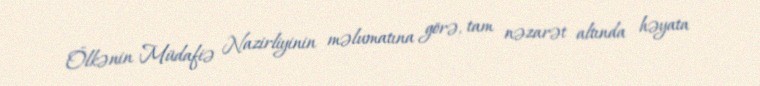
Ölkənin Müdafiə Nazirliyinin məlumatına görə, tam nəzarət altında həyata